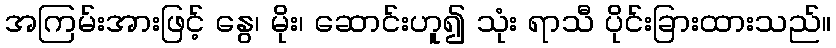
အကြမ်းအားဖြင့် နွေ၊ မိုး၊ ဆောင်းဟူ၍ သုံး ရာသီ ပိုင်းခြားထားသည်။